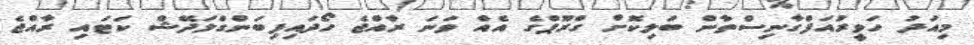
މިއަދު ހަވީރުއަފްގާނިސްތާން ބަލިކޮށް ގްރޫޕްގެ އެއް ވަނަ ރާއްޖެ ހޯދައިފިބަންގްލަދޭޝް ކަޓައި ރާއްޖެ